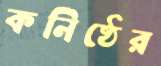
কনিষ্ঠের